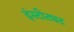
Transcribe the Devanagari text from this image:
इंस्टीट्यट